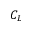
C _ { L }